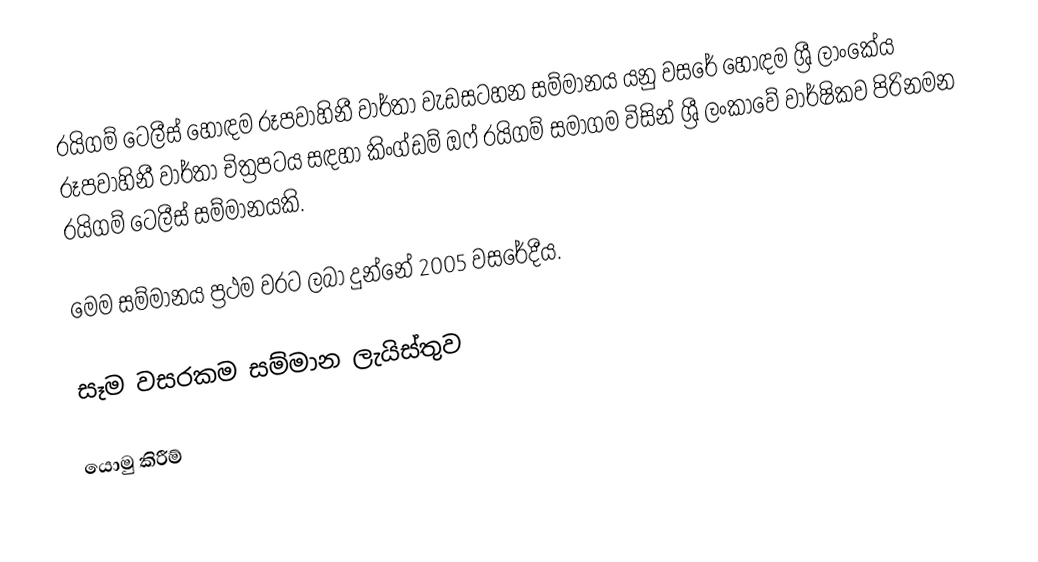
රයිගම් ටෙලීස් හොඳම රූපවාහිනී වාර්තා වැඩසටහන සම්මානය යනු වසරේ හොඳම ශ්‍රී ලාංකේය රූපවාහිනී වාර්තා චිත්‍රපටය සඳහා කිංග්ඩම් ඔෆ් රයිගම් සමාගම විසින් ශ්‍රී ලංකාවේ වාර්ෂිකව පිරිනමන රයිගම් ටෙලීස් සම්මානයකි.

මෙම සම්මානය ප්‍රථම වරට ලබා දුන්නේ 2005 වසරේදීය.

සෑම වසරකම සම්මාන ලැයිස්තුව

යොමු කිරීම්